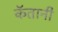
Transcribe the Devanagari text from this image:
कॅतानी